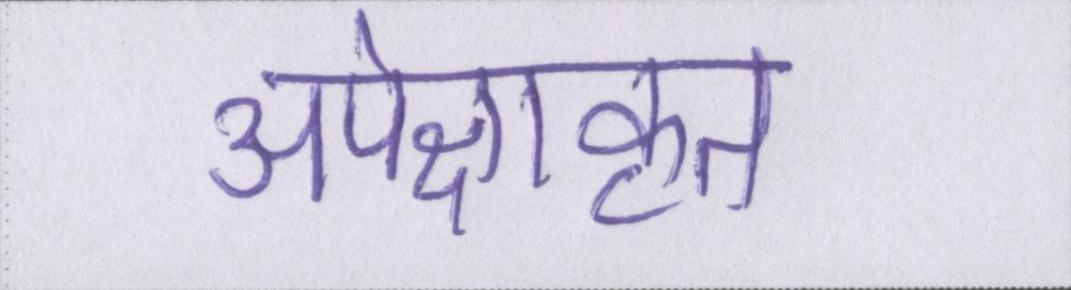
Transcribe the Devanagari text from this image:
अपेक्षाकृत